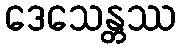
ဒေသေန္တဿ